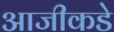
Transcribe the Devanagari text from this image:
आजीकडे